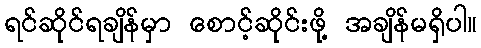
ရင်ဆိုင်ရချိန်မှာ စောင့်ဆိုင်းဖို့ အချိန်မရှိပါ။